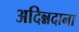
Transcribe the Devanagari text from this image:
अदिन्नदाना